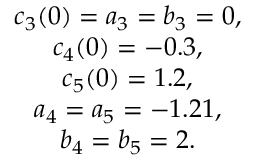
\begin{array} { c } { { c _ { 3 } ( 0 ) = a _ { 3 } = b _ { 3 } = 0 , } } \\ { { c _ { 4 } ( 0 ) = - 0 . 3 , } } \\ { { c _ { 5 } ( 0 ) = 1 . 2 , } } \\ { { a _ { 4 } = a _ { 5 } = - 1 . 2 1 , } } \\ { { b _ { 4 } = b _ { 5 } = 2 . } } \end{array}